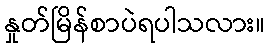
နှုတ်မြိန်စာပဲရပါသလား။